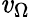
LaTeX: \mathit{v}_{\Omega}